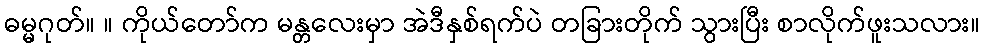
ဓမ္မဂုတ်။ ။ ကိုယ်တော်က မန္တလေးမှာ အဲဒီနှစ်ရက်ပဲ တခြားတိုက် သွားပြီး စာလိုက်ဖူးသလား။